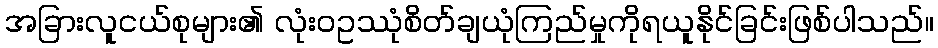
အခြားလူငယ်စုများ၏ လုံးဝဥဿုံစိတ်ချယုံကြည်မှုကိုရယူနိုင်ခြင်းဖြစ်ပါသည်။